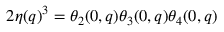
2 \eta ( q ) ^ { 3 } = \theta _ { 2 } ( 0 , q ) \theta _ { 3 } ( 0 , q ) \theta _ { 4 } ( 0 , q )